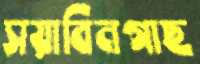
সয়াবিনগাছ